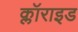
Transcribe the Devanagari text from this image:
क्लॉराइड